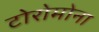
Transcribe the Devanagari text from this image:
टोरोमोना